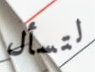
لتسأل